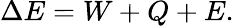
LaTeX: \Delta{}E=W+Q+E.